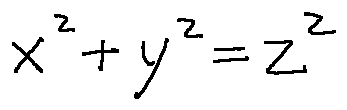
x ^ { 2 } + y ^ { 2 } = z ^ { 2 }